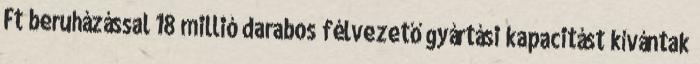
Ft beruházással 18 millió darabos félvezető gyártási kapacitást kívántak